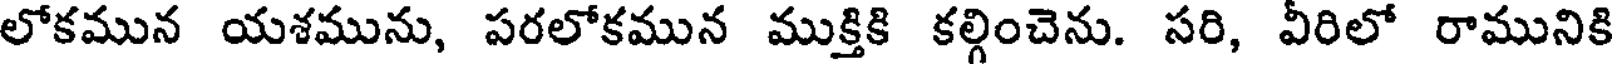
లోకమున యశమును, పరలోకమున ముక్తికి కల్గించెను. సరి, వీరిలో రామునికి